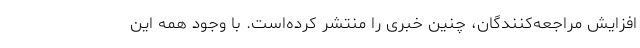
افزایش مراجعه‌کنندگان، چنین خبری را منتشر کرده‌است. با وجود همه این